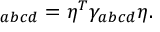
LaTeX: \O _ { a b c d } = \eta ^ { T } \gamma _ { a b c d } \eta .